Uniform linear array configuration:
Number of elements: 8
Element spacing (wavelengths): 0.25
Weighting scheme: binomial
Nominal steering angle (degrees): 15
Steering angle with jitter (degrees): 15.342
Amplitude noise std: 0.05
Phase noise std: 0.05

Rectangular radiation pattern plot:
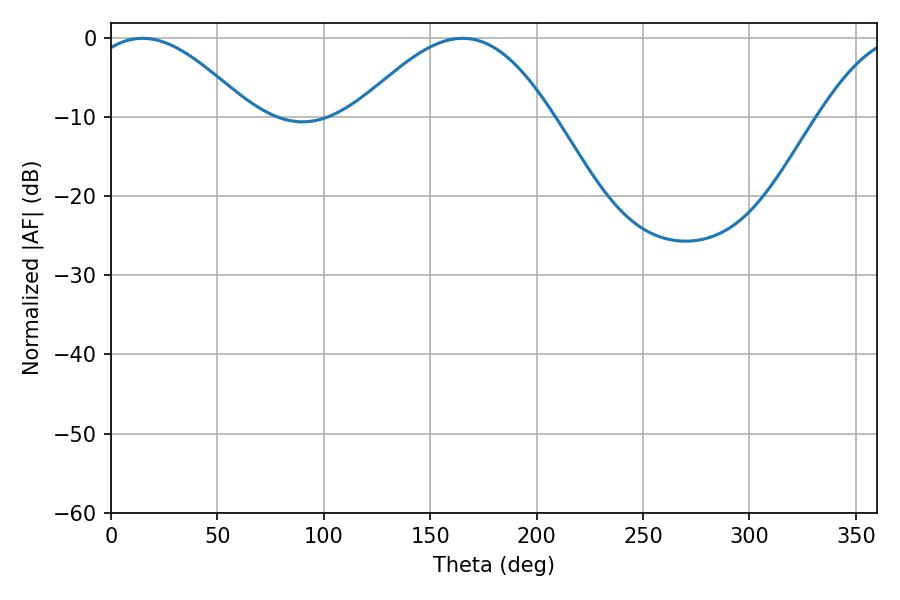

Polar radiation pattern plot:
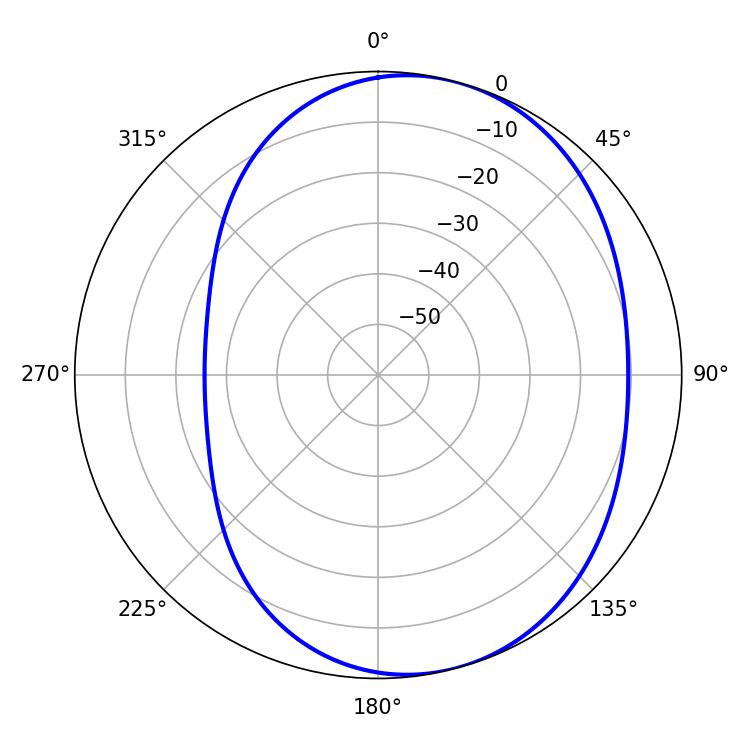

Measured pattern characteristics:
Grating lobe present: FALSE
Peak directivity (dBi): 5.36
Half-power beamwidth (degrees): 41.22
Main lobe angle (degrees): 14.76